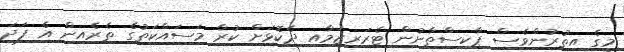
މީގެ އިތުރުންވެސް ޕާކިސްތާނުން ޓެރަރިޒަމާއި ދެކޮޅަށް ކުރާ މަސައްކަތުގެ ތެރެއިން އެ ފަދަ